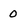
Character: 0